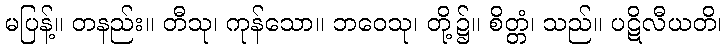
မပြန့်။ တနည်း။ တီသု၊ ကုန်သော။ ဘဝေသု၊ တို့၌။ စိတ္တံ၊ သည်။ ပဋိလီယတိ၊